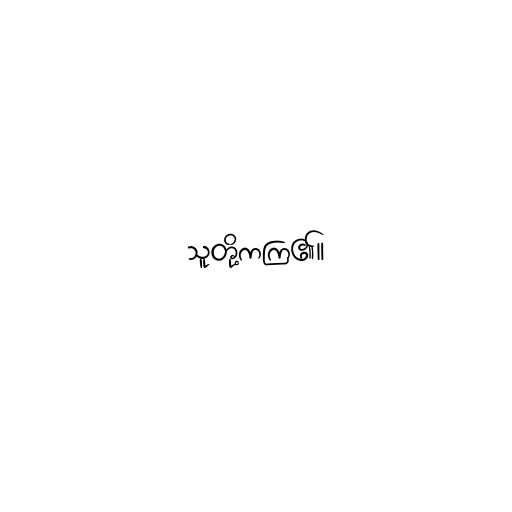
သူတို့ကကြ၏။